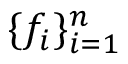
\{ f _ { i } \} _ { i = 1 } ^ { n }